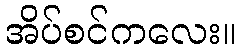
အိပ်စင်ကလေး။